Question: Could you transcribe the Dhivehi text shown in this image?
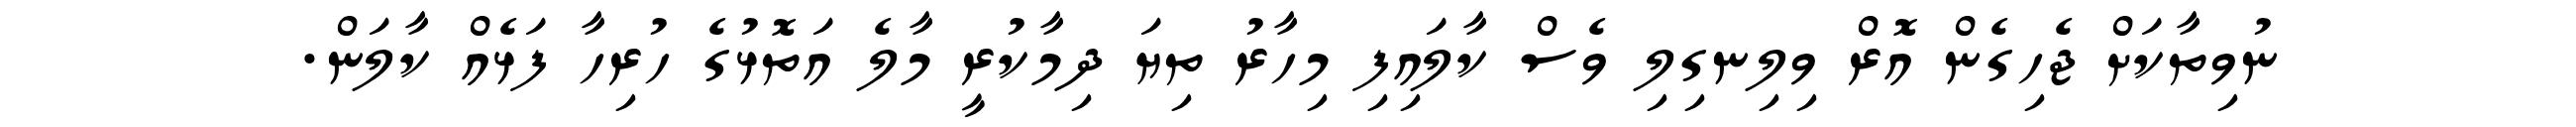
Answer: ނުވިތާކަށް ޖެހިގެން އޮރް ވިލިނގިލި ވެސް ކާލައިފި މިހާރު ތިޔަ ދިމާކުރީ މާލެ އަތޮޅުގެ ހުރިހާ ފަޅެއް ކާލަން.